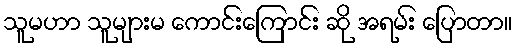
သူမဟာ သူများမ ကောင်းကြောင်း ဆို အရမ်း ပြောတာ။